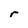
Character: r